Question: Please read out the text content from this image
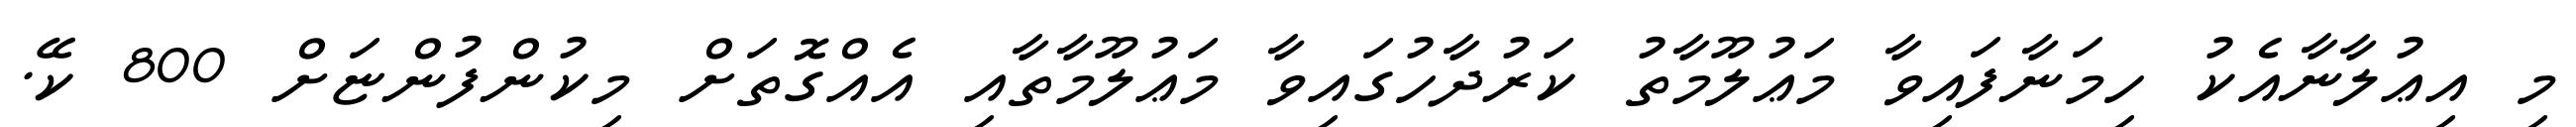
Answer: މި އިޢުލާނާއެކު ހިމަނާފައިވާ މަޢުލޫމާތު ކަރުދާހުގައިވާ މަޢުލޫމާތާއި އެއްގޮތަށް މިކުންފުންޏަށް 800 ކޭ.